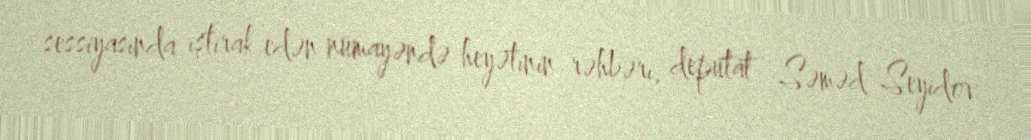
sessiyasında iştirak edən nümayəndə heyətinin rəhbəri, deputat Səməd Seyidov